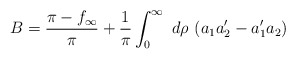
\begin{align*}B = \frac{\pi - f_{\infty}}{\pi} + \frac{1}{\pi} \int_0^{\infty}~d\rho~(a_1 a_2^{\prime} -a_1^{\prime} a_2)\end{align*}